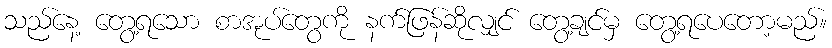
သည်နေ့ တွေ့ရသော စာအုပ်တွေကို နက်ဖြန်ဆိုလျှင် တွေ့ချင်မှ တွေ့ရပေတော့မည်။